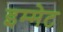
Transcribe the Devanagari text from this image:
इम्मेट